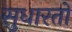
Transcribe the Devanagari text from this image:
सुधारतो